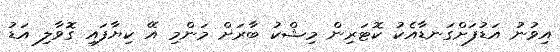
އިވުނު އަޑުފަށްގަނޑާއެކު ކޮޓަރިން މިޝްކު ބާރަށް މަންމި އޭ ކިޔާފައި ގޮވާލި އަޑު